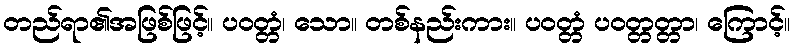
တည်ရာ၏အဖြစ်ဖြင့်။ ပဝတ္တံ၊ သော။ တစ်နည်းကား။ ပဝတ္တံ ပဝတ္တတ္တာ၊ ကြောင့်။